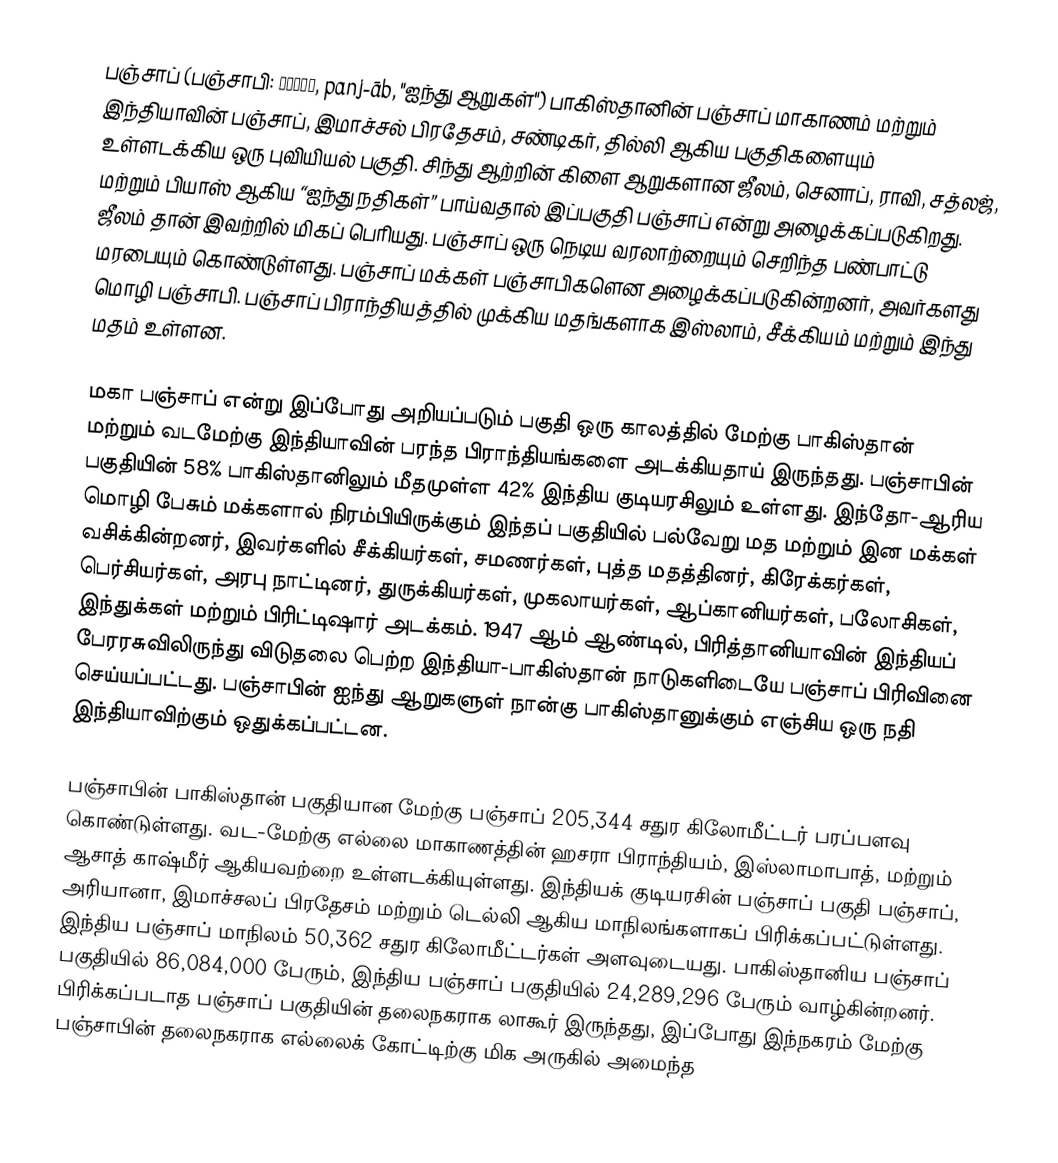
பஞ்சாப் (பஞ்சாபி: ਪੰਜਾਬ, panj-āb, "ஐந்து ஆறுகள்") பாகிஸ்தானின் பஞ்சாப் மாகாணம் மற்றும் இந்தியாவின் பஞ்சாப், இமாச்சல் பிரதேசம், சண்டிகர், தில்லி ஆகிய பகுதிகளையும் உள்ளடக்கிய ஒரு புவியியல் பகுதி. சிந்து ஆற்றின் கிளை ஆறுகளான ஜீலம், செனாப், ராவி, சத்லஜ், மற்றும் பியாஸ் ஆகிய “ஐந்து நதிகள்” பாய்வதால் இப்பகுதி பஞ்சாப் என்று அழைக்கப்படுகிறது. ஜீலம் தான் இவற்றில் மிகப் பெரியது. பஞ்சாப் ஒரு நெடிய வரலாற்றையும் செறிந்த பண்பாட்டு மரபையும் கொண்டுள்ளது. பஞ்சாப் மக்கள் பஞ்சாபிகளென அழைக்கப்படுகின்றனர், அவர்களது மொழி பஞ்சாபி. பஞ்சாப் பிராந்தியத்தில் முக்கிய மதங்களாக இஸ்லாம், சீக்கியம் மற்றும் இந்து மதம் உள்ளன.

மகா பஞ்சாப் என்று இப்போது அறியப்படும் பகுதி ஒரு காலத்தில் மேற்கு பாகிஸ்தான் மற்றும் வடமேற்கு இந்தியாவின் பரந்த பிராந்தியங்களை அடக்கியதாய் இருந்தது. பஞ்சாபின் பகுதியின் 58% பாகிஸ்தானிலும் மீதமுள்ள 42% இந்திய குடியரசிலும் உள்ளது. இந்தோ-ஆரிய மொழி பேசும் மக்களால் நிரம்பியிருக்கும் இந்தப் பகுதியில் பல்வேறு மத மற்றும் இன மக்கள் வசிக்கின்றனர், இவர்களில் சீக்கியர்கள், சமணர்கள், புத்த மதத்தினர், கிரேக்கர்கள், பெர்சியர்கள், அரபு நாட்டினர், துருக்கியர்கள், முகலாயர்கள், ஆப்கானியர்கள், பலோசிகள், இந்துக்கள் மற்றும் பிரிட்டிஷார் அடக்கம். 1947 ஆம் ஆண்டில், பிரித்தானியாவின் இந்தியப் பேரரசுவிலிருந்து விடுதலை பெற்ற இந்தியா-பாகிஸ்தான் நாடுகளிடையே பஞ்சாப் பிரிவினை செய்யப்பட்டது. பஞ்சாபின் ஐந்து ஆறுகளுள் நான்கு பாகிஸ்தானுக்கும் எஞ்சிய ஒரு நதி இந்தியாவிற்கும் ஒதுக்கப்பட்டன.

பஞ்சாபின் பாகிஸ்தான் பகுதியான மேற்கு பஞ்சாப் 205,344 சதுர கிலோமீட்டர்  பரப்பளவு கொண்டுள்ளது. வட-மேற்கு எல்லை மாகாணத்தின் ஹசரா பிராந்தியம், இஸ்லாமாபாத், மற்றும் ஆசாத் காஷ்மீர் ஆகியவற்றை உள்ளடக்கியுள்ளது. இந்தியக் குடியரசின் பஞ்சாப் பகுதி பஞ்சாப், அரியானா, இமாச்சலப் பிரதேசம் மற்றும் டெல்லி ஆகிய  மாநிலங்களாகப் பிரிக்கப்பட்டுள்ளது.  இந்திய பஞ்சாப் மாநிலம் 50,362 சதுர கிலோமீட்டர்கள் அளவுடையது. பாகிஸ்தானிய பஞ்சாப் பகுதியில் 86,084,000 பேரும், இந்திய பஞ்சாப் பகுதியில் 24,289,296 பேரும் வாழ்கின்றனர். பிரிக்கப்படாத பஞ்சாப் பகுதியின் தலைநகராக லாகூர் இருந்தது, இப்போது இந்நகரம் மேற்கு பஞ்சாபின் தலைநகராக எல்லைக் கோட்டிற்கு மிக அருகில் அமைந்த